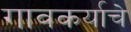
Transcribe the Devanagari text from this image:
गावकर्याचे